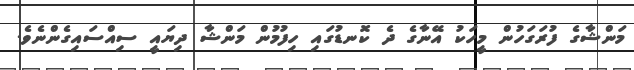
މަންޝާގެ ފުރަގަހުން މީހަކު އޭނާގެ ދެ ކޮނޑުގައި ހިފުމުން މަންޝާ ދިޔައީ ސިއްސައިގެންނެވެ.